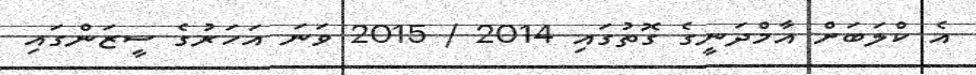
އެ ކްލަބަށް އާމްދަނީގެ ގޮތުގައި 2014 / 2015 ވަަނަ އަހަރުގެ ސީޒަންގައި